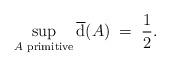
LaTeX: \begin{align*}\sup_{A\textnormal{ primitive}}\overline{{\rm d}}(A) \;=\; \frac{1}{2}.\end{align*}